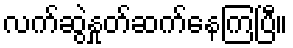
လက်ဆွဲနှုတ်ဆက်နေကြပြီ။